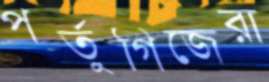
পর্তুগিজেরা